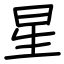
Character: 星